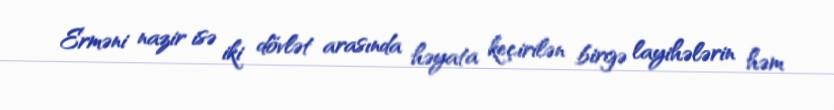
Erməni nazir isə iki dövlət arasında həyata keçirilən birgə layihələrin həm